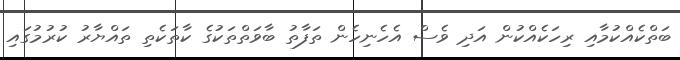
ބަތްކެއްކުމާއި ރިހަކެއްކުން އަދި ވެސް އެހެނިހެން ތަފާތު ބާވަތްތަކުގެ ކާތަކެތި ތައްޔާރު ކުރުމުގައި